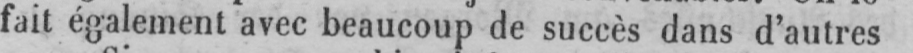
fait également avec beaucoup de succès dans d’autres